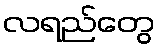
လရည်တွေ